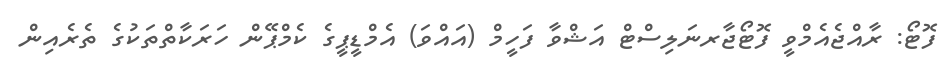
ފޮޓޯ: ރާއްޖެއެމްވީ ފޮޓޯޖާރނަލިސްޓް އަޝްވާ ފަހީމް (އައްވަ) އެމްޑީޕީގެ ކެމްޕޭން ހަރަކާތްތަކުގެ ތެރެއިން